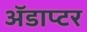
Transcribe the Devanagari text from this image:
ॲडाप्टर